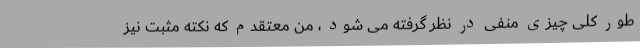
طور کلی چیزی منفی در نظر گرفته می شود ، من معتقدم که نکته مثبت نیز